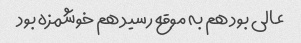
عالی بود هم به موقع رسید هم خوشمزه بود